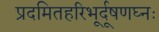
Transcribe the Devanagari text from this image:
प्रदमितहरिभूर्दूषणघ्नः